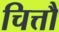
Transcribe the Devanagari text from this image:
चित्तौ